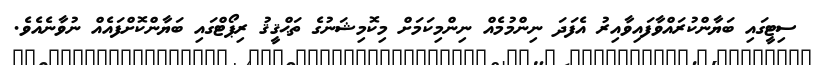
ސިޓީގައި ބަޔާންކުރައްވާފައިވާއިރު އެފަދަ ނިންމުމެއް ނިންމިކަމަށް މިކޮމިޝަނުގެ ތަޙްޤީޤު ރިޕޯޓްގައި ބަޔާންކޮށްފައެއް ނުވާނެއެވެ.